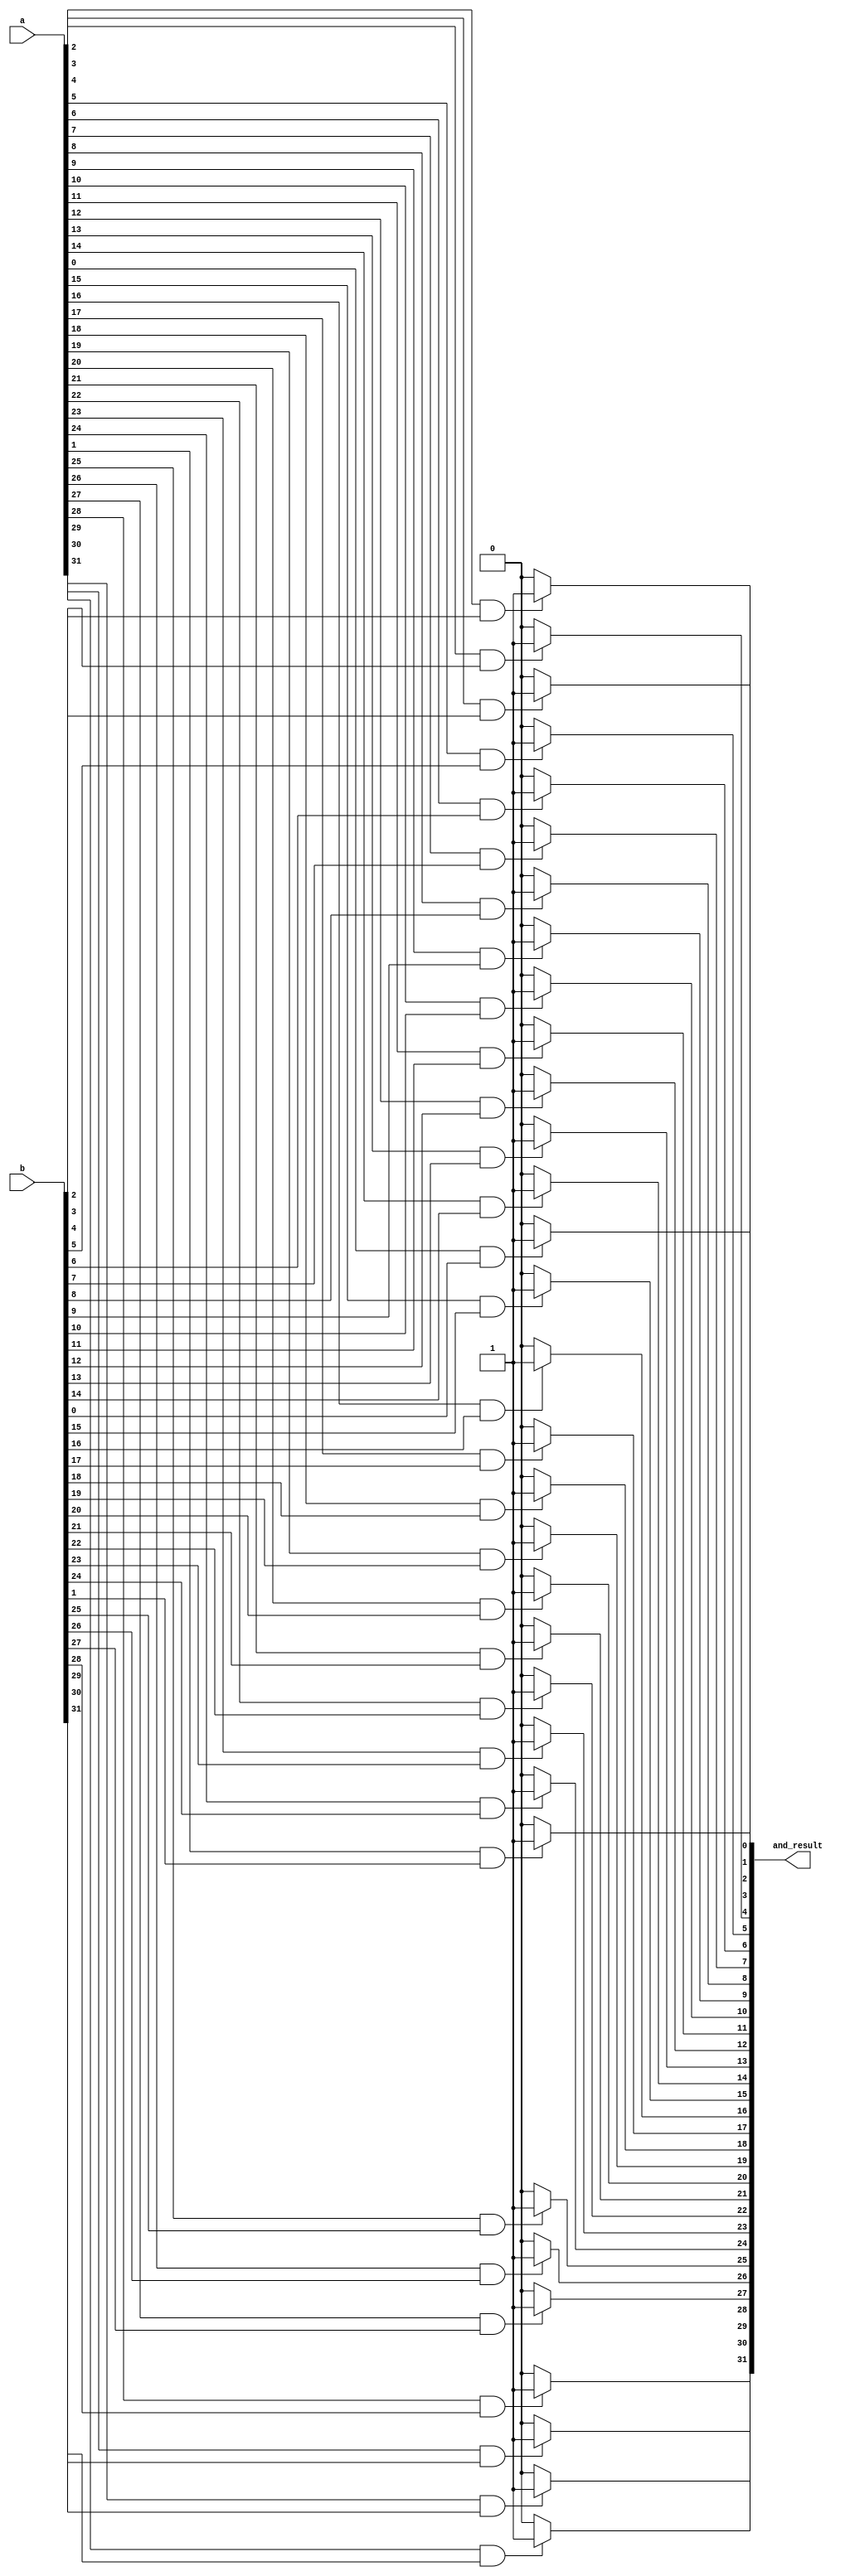
module and_module (
    input wire [31:0] a,
    input wire [31:0] b,
    output reg [31:0] and_result
);

	integer i; 

	always @* begin
		 for (i = 0; i < 32; i = i + 1) begin 
			  if (a[i] == 1 && b[i] == 1) begin 
					and_result[i] = 1;
			  end
			  else begin
					and_result[i] = 0;
			  end
		 end
	end

endmodule